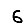
Digit: 6